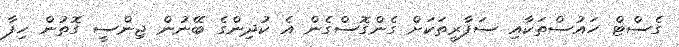
ގެސްޓް ހައުސްތަކާއި ސަފާރީތަކަށް ގެންގޮސްގެން އެ ކުދިންގެ ބޭނުން ޖިންސީ ގޮތުން ހިފާ